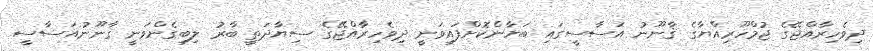
ދިވެހިރާއްޖޭގެ ޖުމްހޫރިއްޔާގެ ޤާނޫނު އަސާސީގައި ބަޔާންކޮށްފައިވަނީ ދިވެހިރާއްޖޭގެ ސިޔާދަތީ ބާރު ލިބިގެންވަނީ ޤާނޫނުއަސާސީ